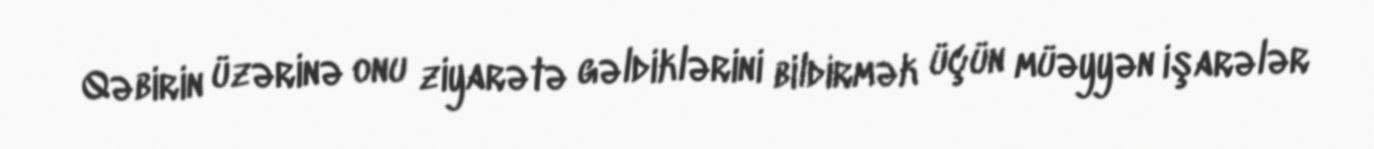
Qəbirin üzərinə onu ziyarətə gəldiklərini bildirmək üçün müəyyən işarələr